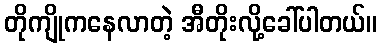
တိုကျိုကနေလာတဲ့ အီတိုးလို့ခေါ်ပါတယ်။